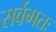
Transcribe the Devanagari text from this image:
सर्वगतः